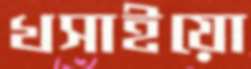
খসাইয়ো